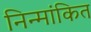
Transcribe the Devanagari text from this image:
निन्मांकित